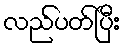
လည်ပတ်ပြီး